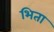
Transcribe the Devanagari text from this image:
भिता